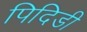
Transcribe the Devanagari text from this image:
पिदिडी